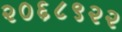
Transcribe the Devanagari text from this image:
२०६८९२२